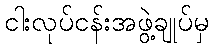
ငါးလုပ်ငန်းအဖွဲ့ချုပ်မှ